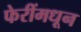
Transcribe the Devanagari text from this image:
फेरींमधून